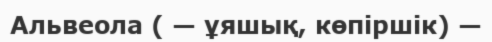
Альвеола ( — ұяшық, көпіршік) —